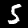
Digit: 5